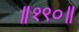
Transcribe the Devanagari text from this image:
॥१९०॥